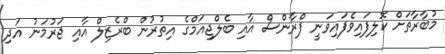
މުބާރާތަށް ކޮލިފައިވެފައިވަނީ ފްރާންސް އާއި ބެލްޖިއަމްގެ އިތުރުން ބްރެޒިލް އާއި ޖަރުމަނު އަދި